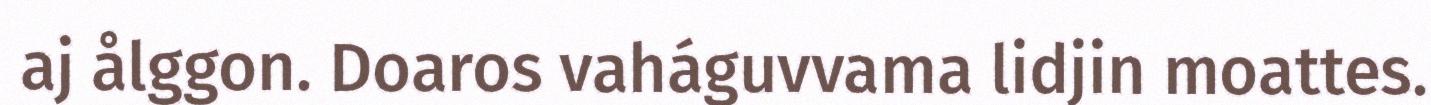
aj ålggon. Doaros vaháguvvama lidjin moattes.